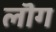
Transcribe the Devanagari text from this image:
लॊग